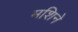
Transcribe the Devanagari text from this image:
मशिने